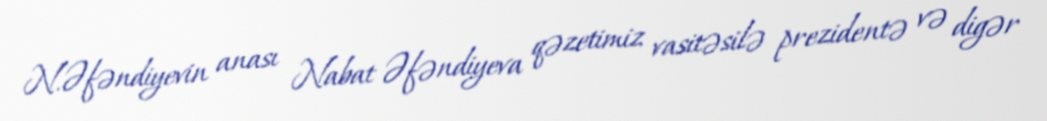
N.Əfəndiyevin anası Nabat Əfəndiyeva qəzetimiz vasitəsilə prezidentə və digər